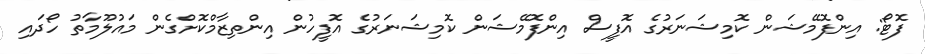
ފޮޓޯ: އިންފޮމޭޝަން ކޮމިޝަނަރުގެ އޮފީސް އިންފޮމޭޝަން ކޮމިޝަނަރުގެ އޮފީހުން އިންތިޒާމްކޮށްގެން މައުލޫމާތު ހޯދައި